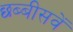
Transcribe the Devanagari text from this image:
छब्बीसवें